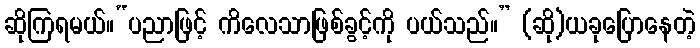
ဆိုကြရမယ်။“ပညာဖြင့် ကိလေသာဖြစ်ခွင့်ကို ပယ်သည်။” (ဆို)ယခုပြောနေတဲ့